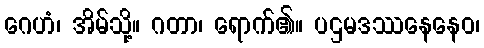
ဂေဟံ၊ အိမ်သို့။ ဂတာ၊ ရောက်၏။ ပဌမဒဿနေနေဝ၊